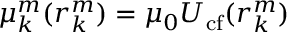
\mu _ { k } ^ { m } ( \boldsymbol { r } _ { k } ^ { m } ) = \mu _ { 0 } U _ { \mathrm { c f } } ( \boldsymbol { r } _ { k } ^ { m } )